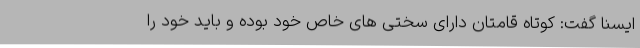
ایسنا گفت: کوتاه قامتان دارای سختی های خاص خود بوده و باید خود را